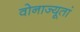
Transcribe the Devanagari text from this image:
वोनाज्यूतां